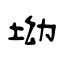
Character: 坳